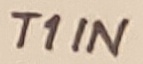
Text: T1IN